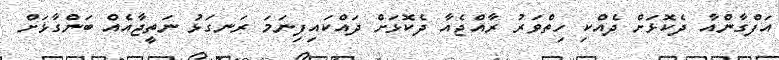
އަފްގާންއާ ދެކޮޅަށް ދެއްކި ހިތްވަރު ރާއްޖެއާ ދެކޮޅަށް ދައްކައިފިނަމަ ރަނގަޅު ނަތީޖާއެއް ބަންގާޅަށް